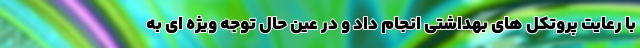
با رعایت پروتکل های بهداشتی انجام داد و در عین حال توجه ویژه ای به